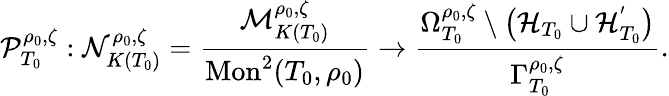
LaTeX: \mathcal{P}_{T_{0}}^{\rho_{0},\zeta}:\mathcal{N}_{K(T_{0})}^{\rho_{0},\zeta}=\frac{\mathcal{M}_{K(T_{0})}^{\rho_{0},\zeta}}{\mathrm{Mon}^{2}(T_{0},\rho_{0})}\to\frac{\Omega_{T_{0}}^{\rho_{0},\zeta}\setminus\left(\mathcal{H}_{T_{0}}\cup\mathcal{H}_{T_{0}}^{'}\right)}{\Gamma_{T_{0}}^{\rho_{0},\zeta}}.